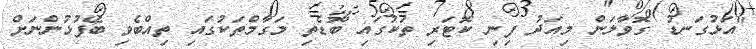
"އަޅުގަނޑު ގޮވާލަން މިއަދު ފިނި ކޮޓަރި ތަކުގައި ބޮޑެތި މަގާމްތަކުގައި ތިއްބެވި ބޭފުޅުންނަށް